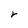
Character: r